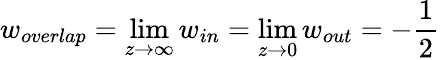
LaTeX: w_{overlap}=\operatorname*{lim}_{z\to\infty}w_{in}=\operatorname*{lim}_{z\to 0}w_{out}=-\frac{1}{2}